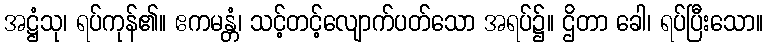
အဋ္ဌံသု၊ ရပ်ကုန်၏။ ဧကမန္တံ၊ သင့်တင့်လျောက်ပတ်သော အရပ်၌။ ဌိတာ ခေါ၊ ရပ်ပြီးသော။